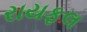
રાયફલ